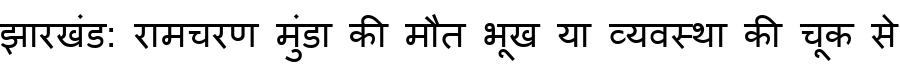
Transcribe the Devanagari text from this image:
झारखंड: रामचरण मुंडा की मौत भूख या व्यवस्था की चूक से